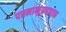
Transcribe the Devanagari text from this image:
परमानुग्रहप्राप्त